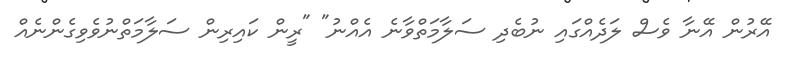
އޭރުން އޭނާ ވެސް ލަދެއްގައި ނުބެދި ސަލާމަތްވާނެ އެއްނު" "ރީން ކައިރިން ސަލާމަތްނުވެވިގެންނެއް